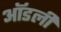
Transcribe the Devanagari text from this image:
ऑडली